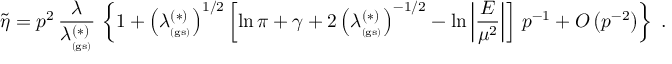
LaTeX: \widetilde { \eta } = p ^ { 2 } \, \frac { \lambda } { \lambda _ { _ \mathrm { ( g s ) } } ^ { ( \ast ) } } \, \left\{ 1 + \left( \lambda _ { _ \mathrm { ( g s ) } } ^ { ( \ast ) } \right) ^ { 1 / 2 } \left[ \ln \pi + \gamma + 2 \left( \lambda _ { _ \mathrm { ( g s ) } } ^ { ( \ast ) } \right) ^ { - 1 / 2 } - \ln \left| \frac { E } { \mu ^ { 2 } } \right| \right] \, p ^ { - 1 } + O \left( p ^ { - 2 } \right) \right\} \; .